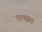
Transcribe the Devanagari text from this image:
पश्छात